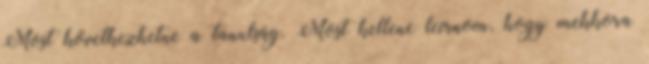
Most következhetne a tanulság. Most kellene leírnom, hogy mekkora